Vaccine operations Central Provinces & Berar 1912-1920 - 1912-1920
Year: 1912
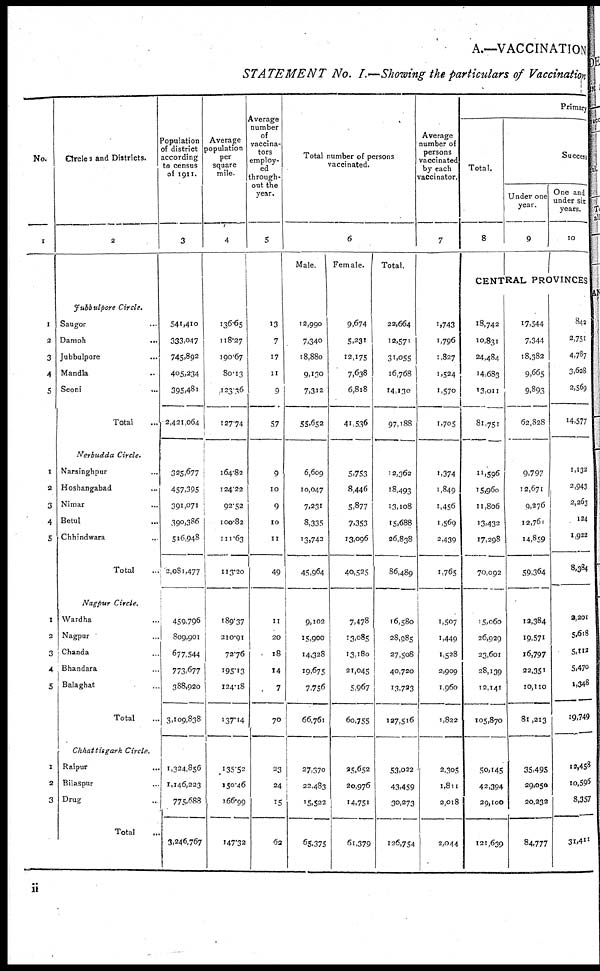
A.—VACCINATION
STATEMENT No. I.— Showing the particulars of Vaccination
No.
1
1
2
3
4
5
1
2
3
4
5
1
2
3
4
5
1
2
3
Circles and Districts.
2
Jubbulpore
Circle.
Saugor ...
Damoh
...
Jubbulpore ...
Mandla ...
Seoni ...
Total ...
Nerbudda
Circle.
Narsinghpur ...
Hoshangabad ...
Nimar ...
Betul ...
Chhindwara ...
Total ...
Nagpur
Circle.
Wardha ...
Nagpur ...
Chanda ...
Bhandara ...
Balaghat ...
Total ...
Chhattisgarh
Circle.
Raipur ...
Bilaspur ...
Drug ...
Total ...
Population
of district
according
to census
of 1911.
3
541,410
333,047
745,892
405,234
395,481
2,421,064
325,677
457,395
391,071
390,386
516,948
2,081,477
459,796
809,901
677,544
773,677
388,920
3,109,838
1,324,856
1,146,223
775,688
3,246,767
Average
population
per
square
mile.
4
136.65
118.27
190.67
80.13
123.36
127.74
164.82
124.22
92.52
100.82
111.63
113.20
189.37
210.91
72.76
195.13
124.18
137.14
135.52
150.46
166.99
147.32
Average
number
of
vaccina-
tors
employ-
ed
through-
out the
year.
5
13
7
17
11
9
57
9
10
9
10
11
49
11
20
18
14
7
70
23
24
15
62
Total number of persons
vaccinated.
6
Male.
12,990
7,340
18,880
9,130
7,312
55,652
6,609
10,047
7,231
8,335
13,742
45,964
9,102
15,900
14,328
19,675
7,756
66,761
27,370
22,483
15,522
65,375
Female.
9,674
5,231
12,175
7,638
6,818
41,536
5,753
8,446
5,877
7,353
13,096
40,525
7,478
13,085
13,180
21,045
5,967
60,755
25,652
20,976
14,751
61,379
Total.
22,664
12,571
31,055
16,768
14,130
97,188
12,362
18,493
13,108
15,688
26,838
86,489
16,580
28,985
27,508
40,720
13,723
127,516
53,022
43,459
30,273
126,754
Average
number of
persons
vaccinated
by each
vaccinator.
7
1,743
1,796
1,827
1,524
1,570
1,705
1,374
1,849
1,456
1,569
2,439
1,765
1,507
1,449
1,528
2,909
1,960
1,822
2,305
1,811
2,018
2,044
Primary
Total.
8
Success
Under one
year.
9
One and
under six
years.
10
CENTRAL PROVINCES
18,742
10,831
24,484
14,683
13,011
81,751
11,596
15,960
11,806
13,432
17,298
70,092
15,060
26,929
23,601
28,139
12,141
105,870
50,145
42,394
29,100
121,639
17,544
7,344
18,382
9,665
9,893
62,828
9,797
12,671
9,276
12,761
14,859
59,364
12,384
19,571
16,797
22,351
10,110
81,213
35,495
29,050
20,232
84,777
842
2,751
4,787
3,628
2,569
14,577
1,132
2,943
2,263
124
1,922
8,384
2,201
5,618
5,112
5,470
1,348
19,749
12,458
10,596
8,357
31,411
ii